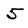
Character: 5